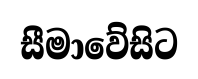
සීමාවේසිට